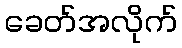
ခေတ်အလိုက်